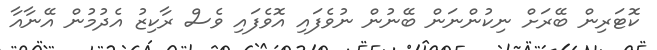
ކޮޓަރިން ބޭރަށް ނިކުންނަން ބޭނުން ނުވެފައި އޮވެފައި ވެސް ރާކިޒު އެދުމުން އޭނާއާ